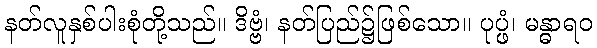
နတ်လူနှစ်ပါးစုံတို့သည်။ ဒိဗ္ဗံ၊ နတ်ပြည်၌ဖြစ်သော။ ပုပ္ဖံ၊ မန္ဓာရဝ